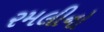
રમલીનો